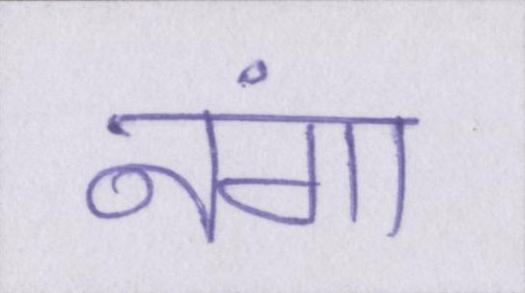
नंगा